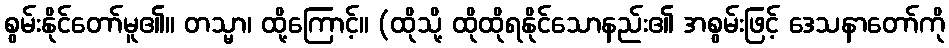
စွမ်းနိုင်တော်မူ၏။ တသ္မာ၊ ထို့ကြောင့်။ (ထိုသို့ ထိုထိုရနိုင်သောနည်း၏ အစွမ်းဖြင့် ဒေသနာတော်ကို